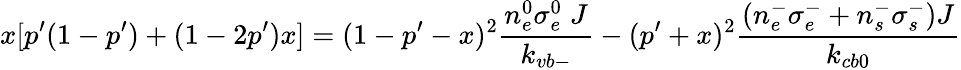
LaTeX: x[p^{\prime}(1-p^{\prime})+(1-2p^{\prime})x]=(1-p^{\prime}-x)^{2}\frac{n_{e}^{0}\sigma_{e}^{0}\; J}{k_{vb-}}-(p^{\prime}+x)^{2}\frac{\left(n_{e}^{-}\sigma_{e}^{-}+n_{s}^{-}\sigma_{s}^{-}\right)J}{k_{cb0}}